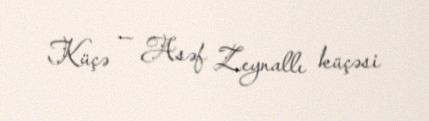
Küçə — Asəf Zeynallı küçəsi